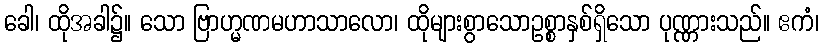
ခေါ၊ ထိုအခါ၌။ သော ဗြာဟ္မဏမဟာသာလော၊ ထိုများစွာသောဥစ္စာနှစ်ရှိသော ပုဏ္ဏားသည်။ ဧကံ၊